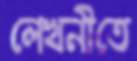
লেখনীতে